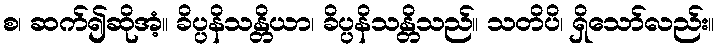
စ၊ ဆက်၍ဆိုအံ့။ ခိပ္ပနိသန္တိယာ၊ ခိပ္ပနိသန္တိသည်။ သတိပိ၊ ရှိသော်လည်း။